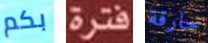
بكم فترة حارقة